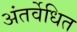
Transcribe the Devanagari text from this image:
अंतर्वेधित